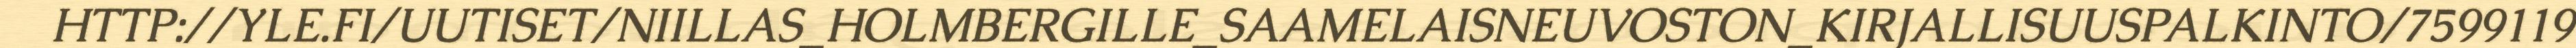
HTTP://YLE.FI/UUTISET/NIILLAS_HOLMBERGILLE_SAAMELAISNEUVOSTON_KIRJALLISUUSPALKINTO/7599119